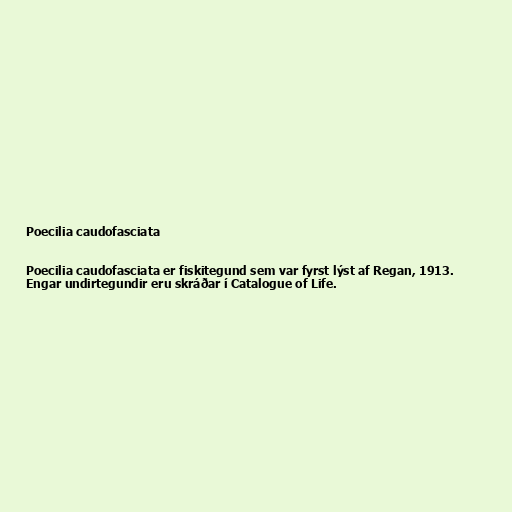
Poecilia caudofasciata

Poecilia caudofasciata er fiskitegund sem var fyrst lýst af Regan, 1913.
Engar undirtegundir eru skráðar í Catalogue of Life.